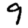
Digit: 9